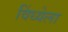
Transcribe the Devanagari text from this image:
विंध्येला